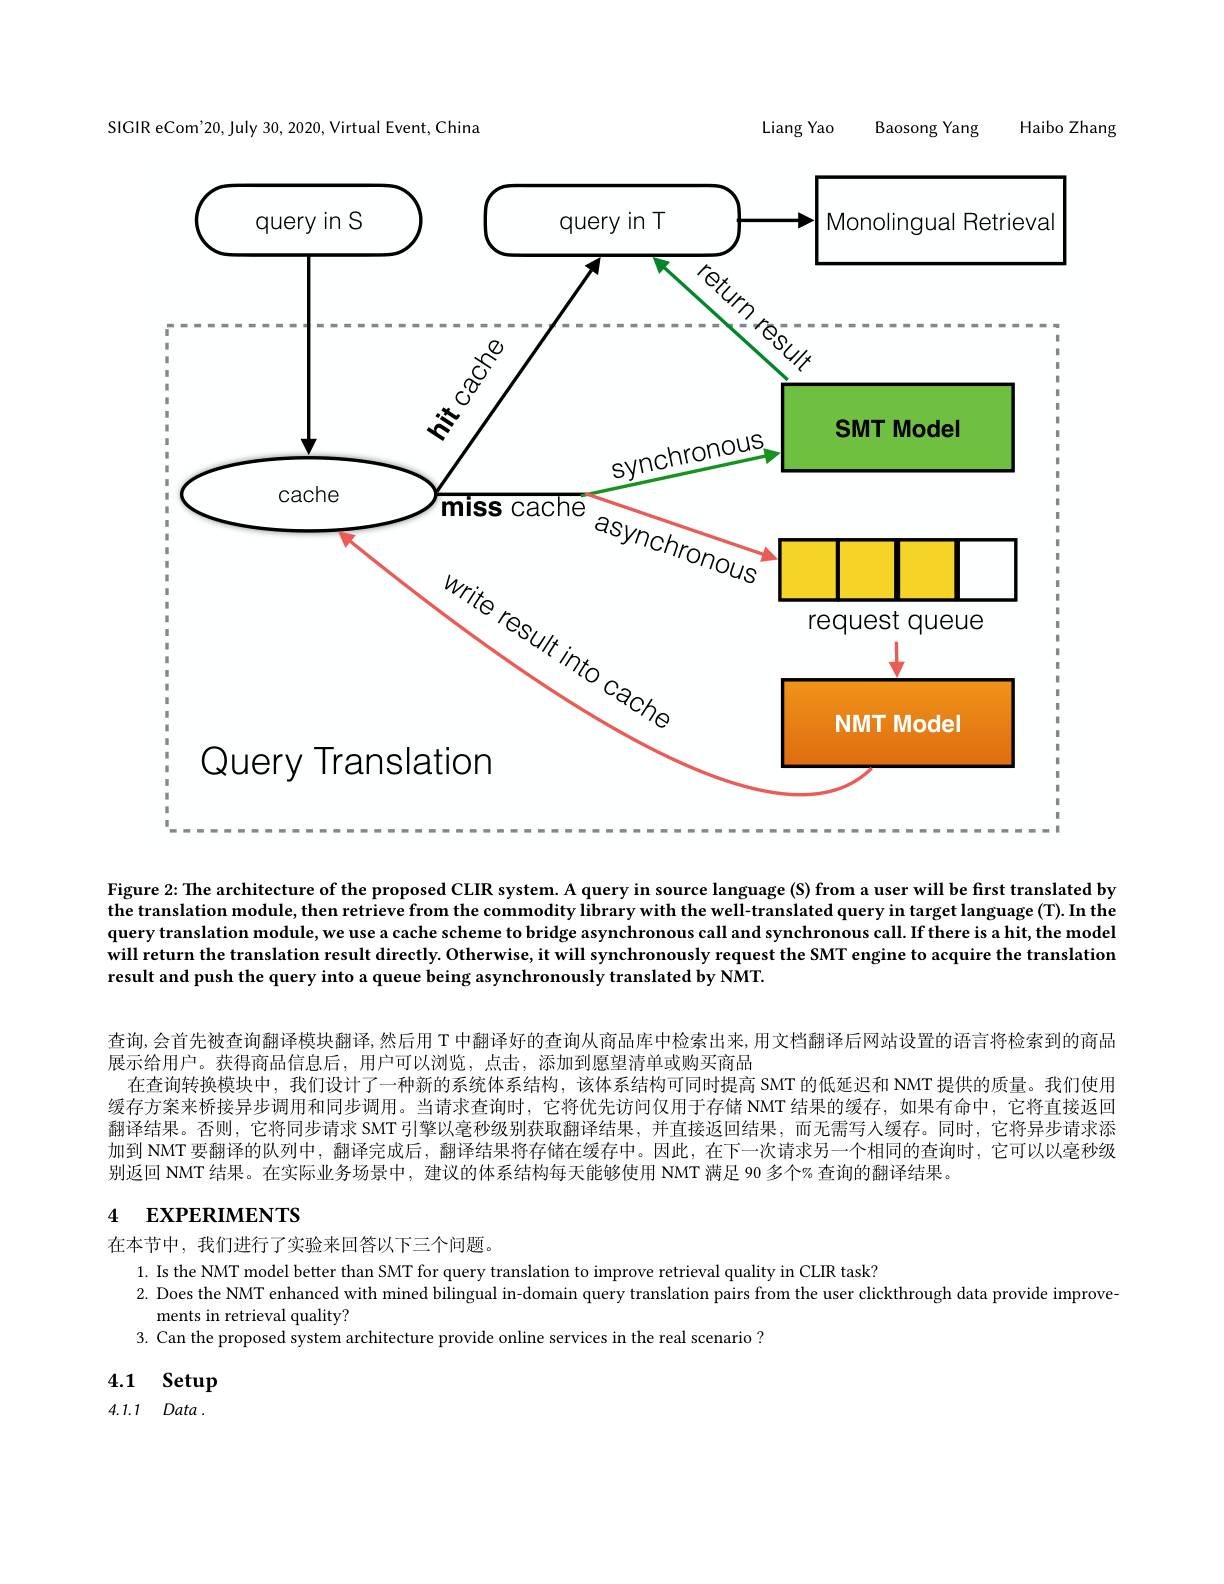
SIGIR eCom'20, July 30, 2020, Virtual Event, China
<FigureHere>

Liang Yao
Baosong
Haibo Zhang
Figure 2: The architecture of the proposed CLIR system. A query in source language (S) from a user will be first translated by

the translation module, then retrieve from the commodity library with the well-translated query in target language (T). In the query translation module, we use a cache scheme to bridge asynchronous call and synchronous call. If there is a hit, the model will return the translation result directly. Otherwise, it will synchronously request the SMT engine to acquire the translation result and push the query into a queue being asynchronously translated by NMT.

查询，会首先被查询翻译模块翻译，然后用 T 中翻译好的查询从商品库中检索出来，用文档翻译后网站设置的语言将检索到的商品
展示给用户。获得商品信息后，用户可以浏览，点击，添加到愿望清单或购买商品
在查询转换模块中，我们设计了一种新的系统体系结构，该体系结构可同时提高 SMT 的低延迟和 NMT 提供的质量。我们使用缓存方案来桥接异步调用和同步调用。当请求查询时，它将优先访问仅用于存储 NMT 结果的缓存，如果有命中，它将直接返回翻译结果。否则，它将同步请求 SMT 引擎以毫秒级别获取翻译结果，并直接返回结果，而无需写人缓存。同时，它将异步请求添加到 NMT 要翻译的队列中，翻译完成后，翻译结果将存储在缓存中。因此，在下一次请求另一个相同的查询时，它可以以毫秒级别返回 NMT 结果。在实际业务场景中，建议的体系结构每天能够使用 NMT 满足 90 多个% 查询的翻译结果。
4 EXPERIMENTS

在本节中，我们进行了实验来回答以下三个问题。
1. Is the NMT model better than SMT for query translation to improve retrieval quality in CLIR task?
2. Does the NMT enhanced with mined bilingual in-domain query translation pairs from the user clickthrough data provide improve-
ments in retrieval quality?
3. Can the proposed system architecture provide online services in the real scenario ?

4.1 Setup

4.1.1 Data .